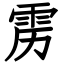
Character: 雳